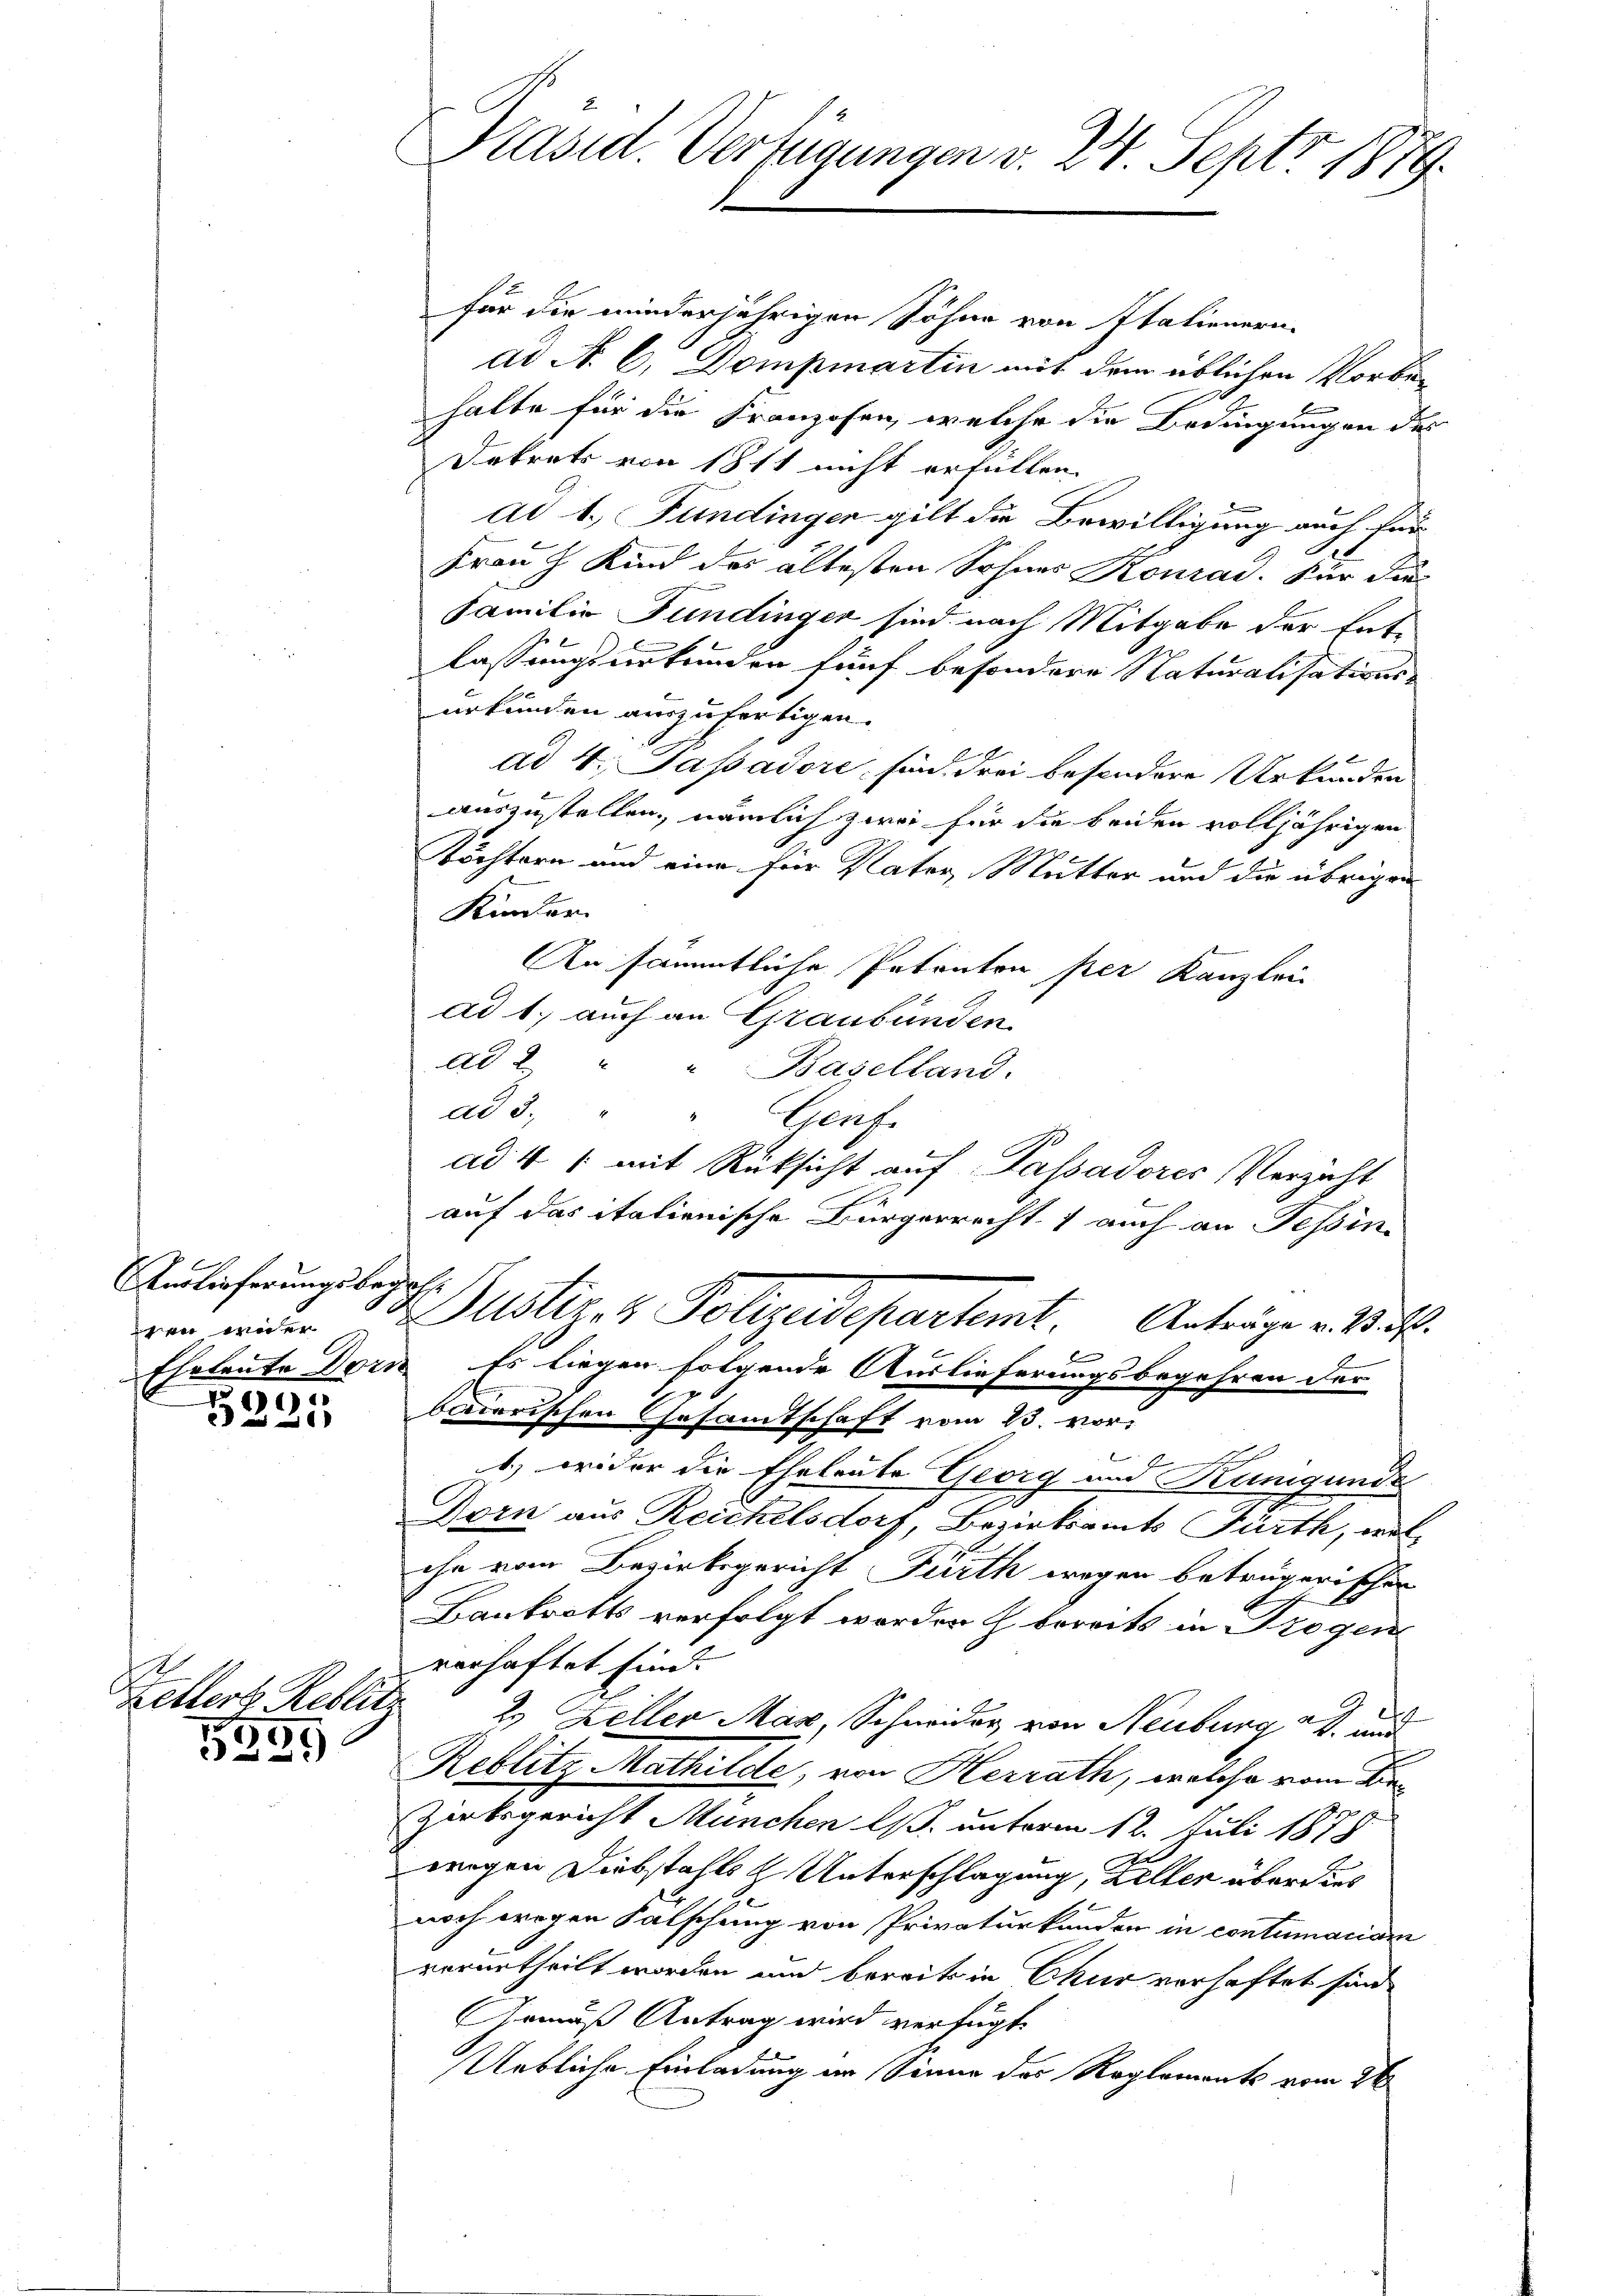
Auslieferungsbegeh
e

E
Ketterte Reblitz

5259

für die minderjährigen Söhne von Italienern
ad N. C. Dompmartin mit dem üblichen Vorbe-
halte für die Franzosen, welche die Bedingungen des
Dekrets von 1811 nicht erfüllen.
n
ad 1. Fundingen gilt die Bewilligung auch für
Frau J Kind des ältesten Sohnes Konrad. Für die¬
Familie Fundinger sind nach Mitgabe der Ent-
lassungsurkunden fünf besondere Naturalisations-
urkunden auszufertigen.
ad 4. Passadore sind drei besondere Urkunden.
auszustellen, nämlich zwei für die beiden volljährigen
Köchtern und eine für Vater, Mutter und die übrigen
Kinder.
An sämmtliche Petenton per Kanzlei
ad 1. auch an Graubünden
ad 2. " " Baselland.
ad 3. " " Genf.
ad 41 mit Rücksicht auf Passadores Verzicht
auf das italienische Bürgerrecht 1 auch an Tessin
von mit der Justizen Polizeidepartemt. Anträge v. M. R.
Ehetente Dorn Es liegen folgende Auslieferungsbegehren der
r
baderischen Gesamtschaft vom 23. vor
d
1.) wider die Eheleute Georg um Kunigunde
Dorn aus Reichelsdorf, Bezirksamts Fürth, wel
che vom Bezirksgericht Fürth wegen beträgerischer
Bankrotts verfolgt werden & bereits in Trogen
verhaftet sind.
f
2. Zeller Man, Schneider von Neuburg ad und
Reblitz Mathilde, von Herrath, welche vom Be¬
Zirksgericht München l. unterm 12. Juli 1875
wigen Diebstahls - Unterschlagung, Zeller über dies
noch wegen Falschung von Privaturkunden in contumande
verurtheilt worden und bereits in Chur verhaftet sind.
Gemäß Antrag wird verfügt:
Uebliche Einladung an Sinne des Reglements vom 26

Präsid. Verfügungen v. 24. Sept 1879.